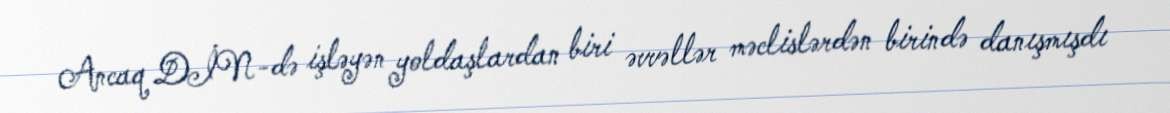
Ancaq DİN-də işləyən yoldaşlardan biri əvvəllər məclislərdən birində danışmışdı